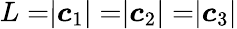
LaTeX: L=\rvert\boldsymbol c_{1}\rvert=\rvert\boldsymbol c_{2}\rvert=\rvert\boldsymbol c_{3}\rvert